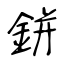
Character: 鉼